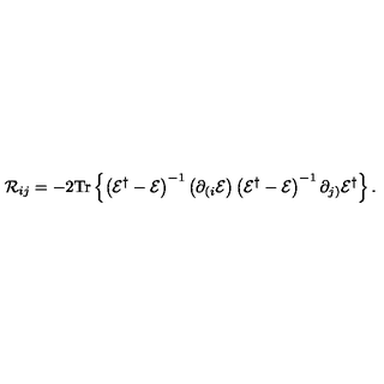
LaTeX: { \cal R } _ { i j } = - 2 \mathrm { T r } \left\{ \left( { \cal E } ^ { \dagger } - { \cal E } \right) ^ { - 1 } \left( \partial _ { ( i } { \cal E } \right) \left( { \cal E } ^ { \dagger } - { \cal E } \right) ^ { - 1 } \partial _ { j ) } { \cal E } ^ { \dagger } \right\} .